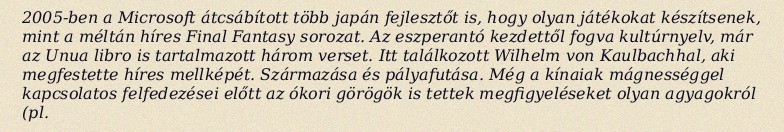
2005-ben a Microsoft átcsábított több japán fejlesztőt is, hogy olyan játékokat készítsenek, mint a méltán híres Final Fantasy sorozat. Az eszperantó kezdettől fogva kultúrnyelv, már az Unua libro is tartalmazott három verset. Itt találkozott Wilhelm von Kaulbachhal, aki megfestette híres mellképét. Származása és pályafutása. Még a kínaiak mágnességgel kapcsolatos felfedezései előtt az ókori görögök is tettek megfigyeléseket olyan agyagokról (pl.